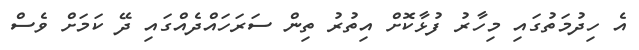
އެ ހިދުމަތުގައި މިހާރު ފުޅާކޮށް އިތުރު ތިން ސަރަހައްދެއްގައި ދޭ ކަމަށް ވެސް